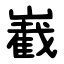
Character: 嶻